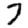
Digit: 7